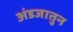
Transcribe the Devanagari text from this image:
अंडजातुन